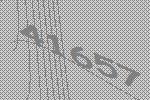
41657